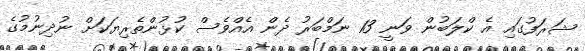
ޝަރަފުގައި އެ ކްލަބުން ވަނީ 13 ނަމްބަރު ދެން އެއްވެސް ކުޅުންތެރިޔަކަށް ނުދިނުމުގެ